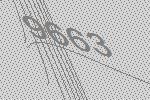
9663